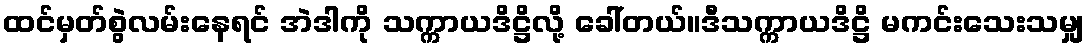
ထင်မှတ်စွဲလမ်းနေရင် အဲဒါကို သက္ကာယဒိဋ္ဌိလို့ ခေါ်တယ်။ဒီသက္ကာယဒိဋ္ဌိ မကင်းသေးသမျှ